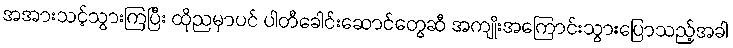
အအားသင့်သွားကြပြီး ထိုညမှာပင် ပါတီခေါင်းဆောင်တွေဆီ အကျိုးအကြောင်းသွားပြောသည့်အခါ